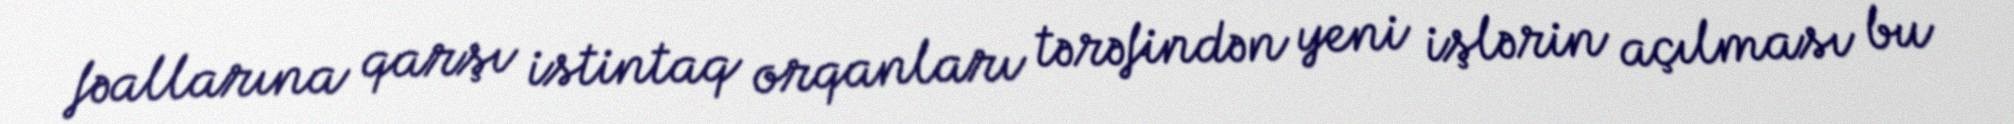
fəallarına qarşı istintaq orqanları tərəfindən yeni işlərin açılması bu